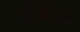
ફીનિશ